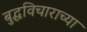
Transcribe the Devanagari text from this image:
बुद्धविचाराच्या